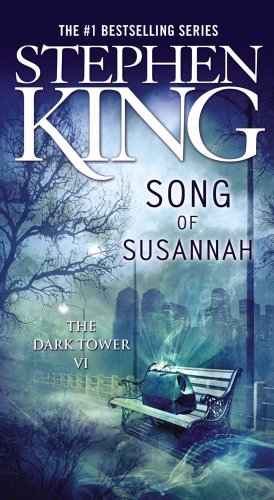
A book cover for Song of Susannah (The Dark Tower, Book 6); Stephen King; Literature & Fiction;